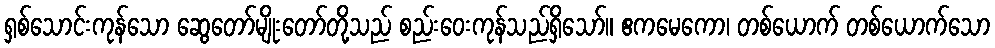
ရှစ်သောင်းကုန်သော ဆွေတော်မျိုးတော်တို့သည် စည်းဝေးကုန်သည်ရှိသော်။ ဧကမေကော၊ တစ်ယောက် တစ်ယောက်သော